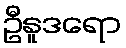
ဦနူဒရော